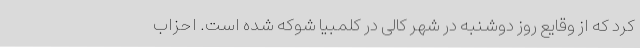
کرد که از وقایع روز دوشنبه در شهر کالی در کلمبیا شوکه شده است. احزاب